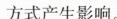
方式产生影响。